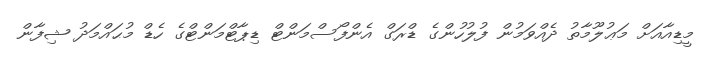
މީޑިއާއަށް މަޢުލޫމާތު ދެއްވަމުން ފުލުހުންގެ ޑްރަގް އެންފޯސްމަންޓް ޑިޕާޓްމަންޓްގެ ހެޑް މުޙައްމަދު ޝިފާން